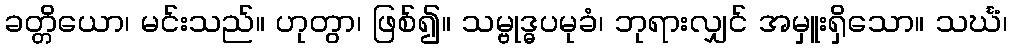
ခတ္တိယော၊ မင်းသည်။ ဟုတွာ၊ ဖြစ်၍။ သမ္ဗုဒ္ဓပမုခံ၊ ဘုရားလျှင် အမှူးရှိသော။ သင်္ဃံ၊